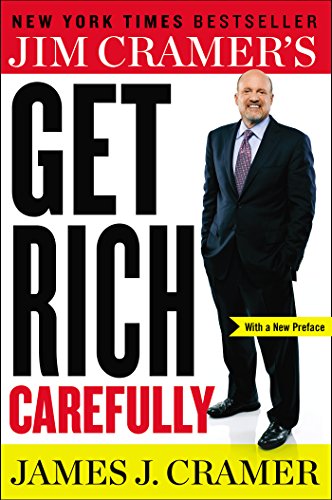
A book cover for Jim Cramer's Get Rich Carefully; James J. Cramer; Business & Money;